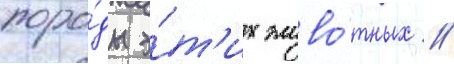
поро́ды э́т'их живо́тных //